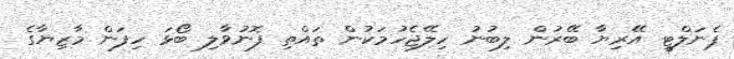
ޕެނަލްޓީ އޭރިޔާ ބޭރުން ލިބުނު ހިލޭޖެހުމަކުން ތައްތި ފޮނުވާލި ބޯޅަ ހިފަން މާޒިޔާގެ